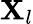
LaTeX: \mathbf{X}_{l}